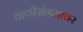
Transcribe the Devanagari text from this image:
वाणीसंगमावर